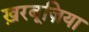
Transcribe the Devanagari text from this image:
ख़रबूज़िया